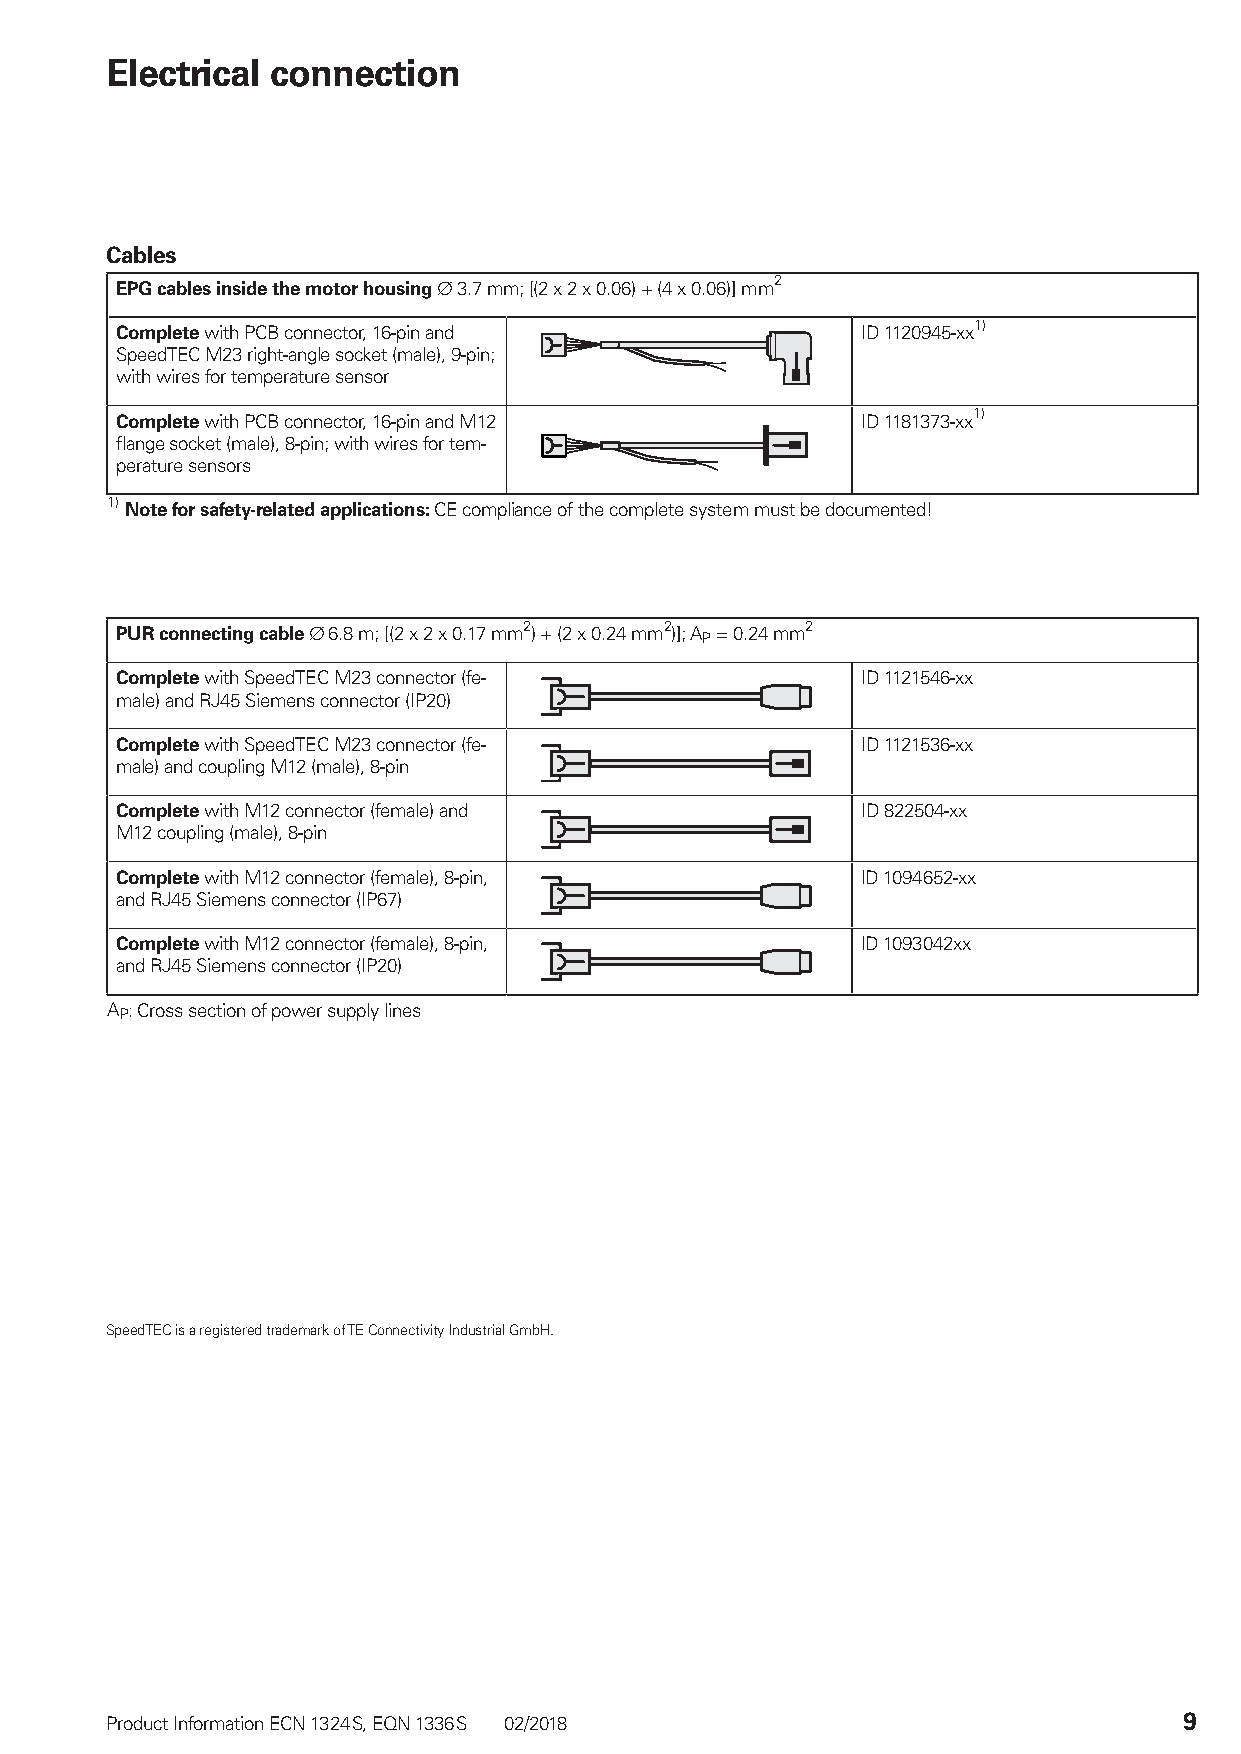
Electrical connection
 Cables
 EPG cables inside the motor housing ¬ 3.7 mm; [(2 x 2 x 0.06) + (4 x 0.06)] mm2
 Complete with PCB connector, 16-pin and          ID 1120945-xx1)
 SpeedTEC M23 right-angle socket (male), 9-pin;
 with wires for temperature sensor
 Complete with PCB connector, 16-pin and M12      ID 1181373-xx1)
 flange socket (male), 8-pin; with wires for tem-
 perature sensors
 1) Note for safety-related applications: CE compliance of the complete system must be documented!
 PUR connecting cable ¬ 6.8 m; [(2 x 2 x 0.17 mm2 ) + (2 x 0.24 mm2 )]; AP = 0.24 mm2
 Complete with SpeedTEC M23 connector (fe-        ID 1121546-xx
 male) and RJ45 Siemens connector (IP20)
 Complete with SpeedTEC M23 connector (fe-        ID 1121536-xx
 male) and coupling M12 (male), 8-pin
 Complete with M12 connector (female) and         ID 822504-xx
 M12 coupling (male), 8-pin
 Complete with M12 connector (female), 8-pin,     ID 1094652-xx
 and RJ45 Siemens connector (IP67)
 Complete with M12 connector (female), 8-pin,     ID 1093042xx
 and RJ45 Siemens connector (IP20)
 AP: Cross section of power supply lines
 SpeedTEC is a registered trademark of TE Connectivity Industrial GmbH.
 Product Information ECN 1324 S, EQN 1336 S 02/2018                     9